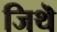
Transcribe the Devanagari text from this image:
जिथॆ